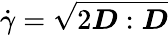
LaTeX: \dot{\gamma}=\sqrt{2\boldsymbol{D}:\boldsymbol{D}}